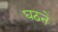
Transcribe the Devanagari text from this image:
घठने